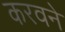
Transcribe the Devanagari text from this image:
करवने